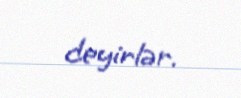
deyirlər.